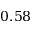
0 . 5 8